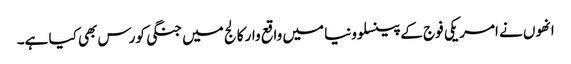
انھوں نے امریکی فوج کے پینسلوونیا میں واقع وار کالج میں جنگی کورس بھی کیا ہے۔